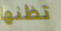
تظنها